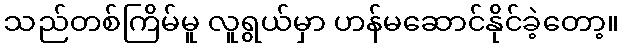
သည်တစ်ကြိမ်မူ လူရွယ်မှာ ဟန်မဆောင်နိုင်ခဲ့တော့။